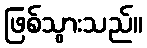
ဖြစ်သွားသည်။